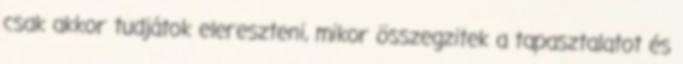
csak akkor tudjátok elereszteni, mikor összegzitek a tapasztalatot és